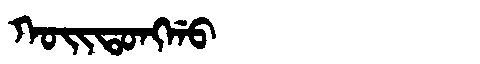
Manchu: ᡴᠣᡳᡨᠣᠩᡤᠣ
Romanization: KOITONGGO